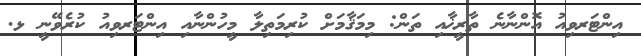
އިންޓަރވިއު އޮންނާނެ ތާރީޚާއި ތަން: މިމަޤާމަށް ކުރިމަތިލާ މީހުންނާއި އިންޓަރވިއު ކުރެވޭނީ ޅ.